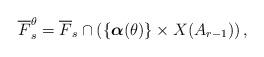
LaTeX: \begin{align*}\overline F_s ^{\theta} =\overline F_s \cap \left(\{\boldsymbol \alpha (\theta)\}\times X(A_{r-1})\right),\end{align*}